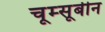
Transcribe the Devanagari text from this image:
चूम्सूबीन